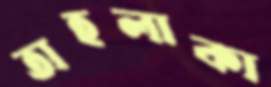
তাহলাকা